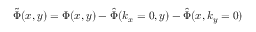
\tilde { \Phi } ( x , y ) = \Phi ( x , y ) - \hat { \Phi } ( k _ { x } = 0 , y ) - \hat { \Phi } ( x , k _ { y } = 0 )